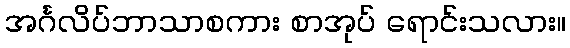
အင်္ဂလိပ်ဘာသာစကား စာအုပ် ရောင်းသလား။